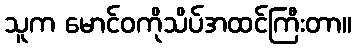
သူက မောင်ဝကိုသိပ်အထင်ကြီးတာ။